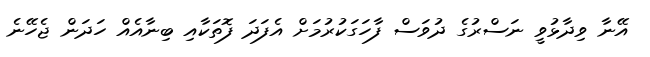
އޭނާ ވިދާޅުވީ ނަސްރުގެ ދުވަސް ފާހަގަކުރުމަށް އެފަދަ ފޮތަކާއި ބިނާއެއް ހަދަން ޖެހޭނެ